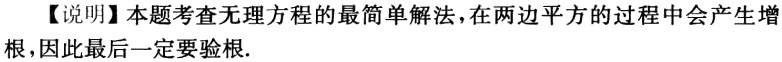
【说明】本题考查无理方程的最简单解法，在两边平方的过程中会产生增根，因此最后一定要验根.